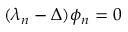
( \lambda _ { n } - \Delta ) \phi _ { n } = 0